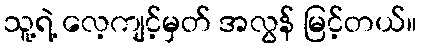
သူ့ရဲ့ လေ့ကျင့်မှတ် အလွန် မြင့်တယ်။